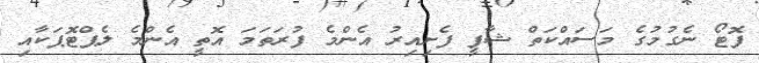
ފޮޓޯ ނެގުމުގެ މަސައްކަތް ޝާފީ ފެށިއިރު އެންމެ ފުރަތަމަ އޮތީ އެންމެ ލެޕްޓޮޕަކާއި